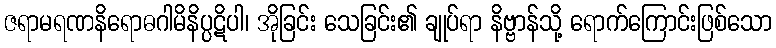
ဇရာမရဏနိရောဓဂါမိနိပ္ပဋိပါ၊ အိုခြင်း သေခြင်း၏ ချုပ်ရာ နိဗ္ဗာန်သို့ ရောက်ကြောင်းဖြစ်သော